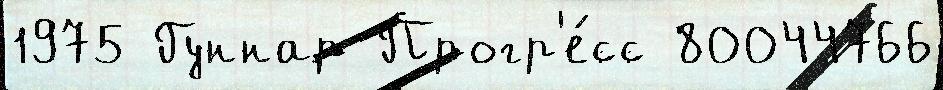
1975 Гуннар Прогр'е́сс 80044766